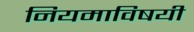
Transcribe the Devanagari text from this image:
नियमाविषयी